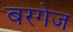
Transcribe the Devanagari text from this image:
बरगेज